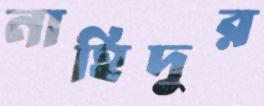
নাহিদুর